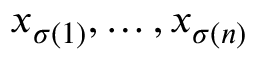
x _ { \sigma ( 1 ) } , \ldots , x _ { \sigma ( n ) }